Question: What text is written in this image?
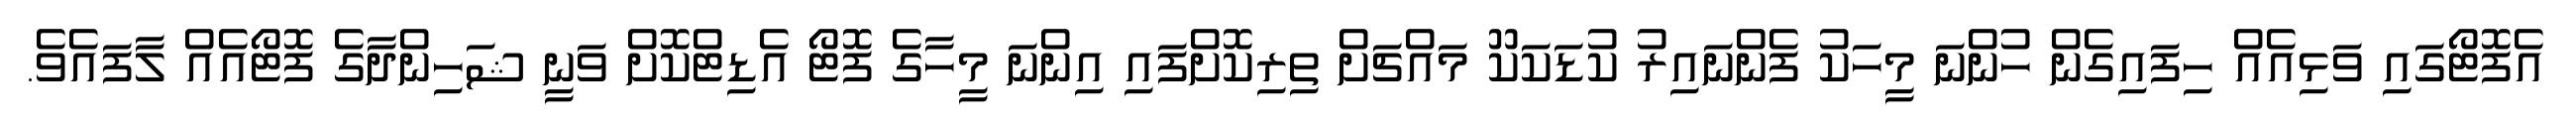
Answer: އެފޮޓޯގައި ވަޅިއެއް ހިފައިގެން ހުންނަ މީހަކު ފެންނައިރު ކުޑަކަކޫ މައްޗަށް ތިރިކޮށްފައި އިންނަ މީހާގެ ފޮޓޯ އެޑިޓްކޮށް ވަނީ ޝަހިންދާގެ ފޮޓޯއެއް ލާފައެވެ.